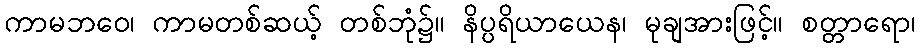
ကာမဘဝေ၊ ကာမတစ်ဆယ့် တစ်ဘုံ၌။ နိပ္ပရိယာယေန၊ မုချအားဖြင့်။ စတ္တာရော၊